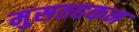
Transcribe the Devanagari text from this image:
मुसतहकम